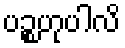
ပဉ္စဟုပါလိ